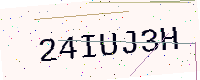
Text: 24IUJ3H